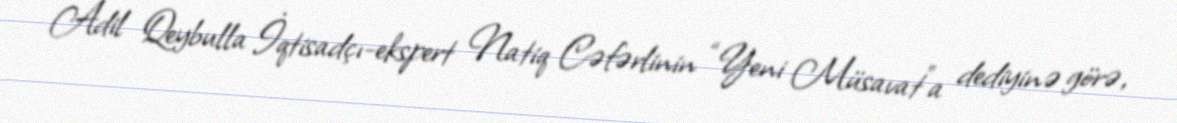
Adil Qeybulla İqtisadçı-ekspert Natiq Cəfərlinin “Yeni Müsavat”a dediyinə görə,